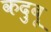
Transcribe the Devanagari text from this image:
कदुबू